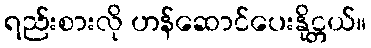
ရည်းစားလို ဟန်ဆောင်ပေးနိုင္တယ်။